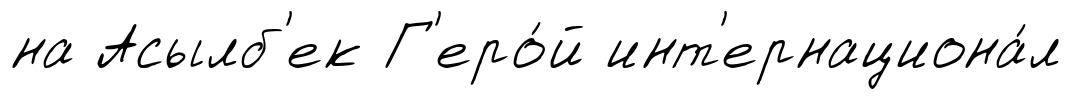
на Асылб'ек Г'еро́й инт'ернациона́л